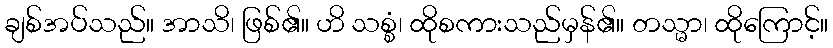
ချစ်အပ်သည်။ အာသိ၊ ဖြစ်၏။ ဟိ သစ္စံ၊ ထိုစကားသည်မှန်၏။ တသ္မာ၊ ထိုကြောင့်။